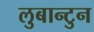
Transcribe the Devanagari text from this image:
लुबान्टुन